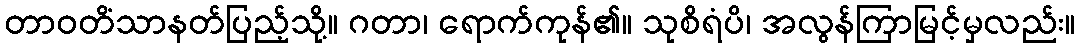
တာဝတိံသာနတ်ပြည့်သို့။ ဂတာ၊ ရောက်ကုန်၏။ သုစိရံပိ၊ အလွန်ကြာမြင့်မှလည်း။